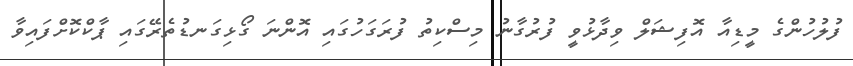
ފުލުހުންގެ މީޑިއާ އޮފިޝަލް ވިދާޅުވީ ފުރުގާނު މިސްކިތު ފުރަގަހުގައި އޮންނަ ގޯޅިގަނޑުތެރޭގައި ޕާކްކޮށްފައިވާ